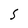
Character: S